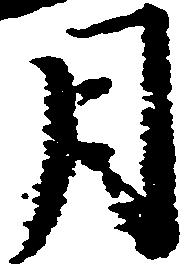
月